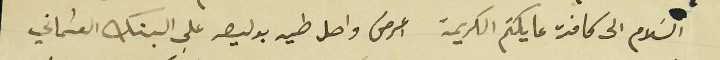
السَلام الى كافة عايلتكم الكريمة اعرض واصل طيه على البنك العثماني